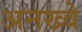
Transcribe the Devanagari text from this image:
अनख्वे